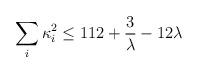
LaTeX: \begin{align*}\sum_i \kappa_i^2 \leq 112 + {3\over \lambda} - 12\lambda\end{align*}